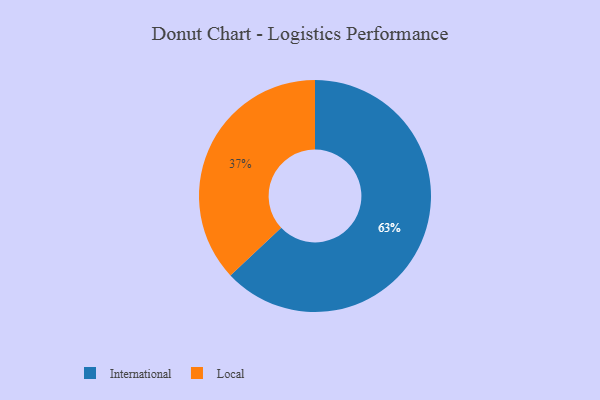
{"axis": {"x": "Category", "y": "Percentage"}, "legend": ["International", "Local"], "data": [{"x": "Local", "y": 37, "type": "Local"}, {"x": "International", "y": 63, "type": "International"}]}